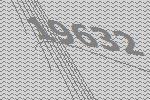
19632